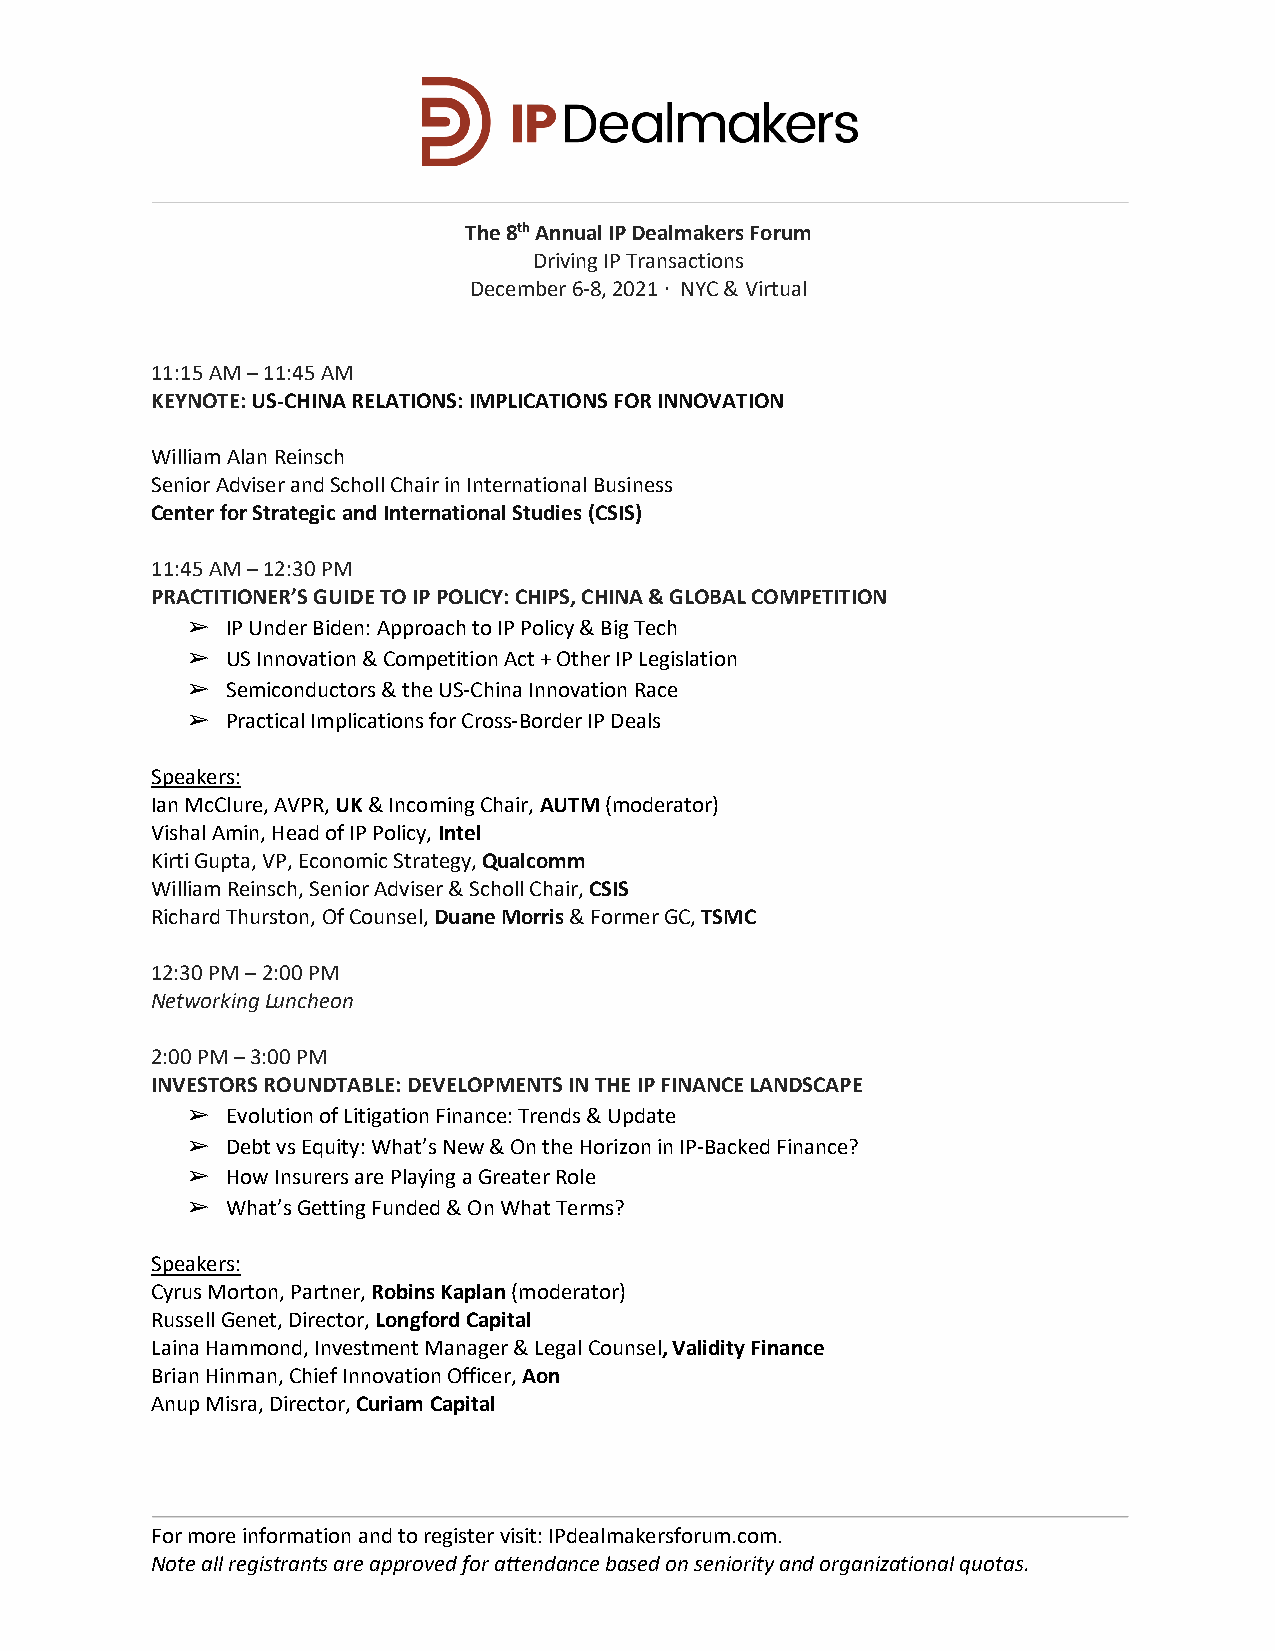
The 8th Annual IP Dealmakers Forum
 Driving IP Transactions
 December 6-8, 2021 ∙ NYC & Virtual
 11:15 AM – 11:45 AM
 KEYNOTE: US-CHINA RELATIONS: IMPLICATIONS FOR INNOVATION
 William Alan Reinsch
 Senior Adviser and Scholl Chair in International Business
 Center for Strategic and International Studies (CSIS)
 11:45 AM – 12:30 PM
 PRACTITIONER’S GUIDE TO IP POLICY: CHIPS, CHINA & GLOBAL COMPETITION
 ➢  IP Under Biden: Approach to IP Policy & Big Tech
 ➢  US Innovation & Competition Act + Other IP Legislation
 ➢  Semiconductors & the US-China Innovation Race
 ➢  Practical Implications for Cross-Border IP Deals
 Speakers:
 Ian McClure, AVPR, UK & Incoming Chair, AUTM (moderator)
 Vishal Amin, Head of IP Policy, Intel
 Kirti Gupta, VP, Economic Strategy, Qualcomm
 William Reinsch, Senior Adviser & Scholl Chair, CSIS
 Richard Thurston, Of Counsel, Duane Morris & Former GC, TSMC
 12:30 PM – 2:00 PM
 Networking Luncheon
 2:00 PM – 3:00 PM
 INVESTORS ROUNDTABLE: DEVELOPMENTS IN THE IP FINANCE LANDSCAPE
 ➢  Evolution of Litigation Finance: Trends & Update
 ➢  Debt vs Equity: What’s New & On the Horizon in IP-Backed Finance?
 ➢  How Insurers are Playing a Greater Role
 ➢  What’s Getting Funded & On What Terms?
 Speakers:
 Cyrus Morton, Partner, Robins Kaplan (moderator)
 Russell Genet, Director, Longford Capital
 Laina Hammond, Investment Manager & Legal Counsel, Validity Finance
 Brian Hinman, Chief Innovation Officer, Aon
 Anup Misra, Director, Curiam Capital
 For more information and to register visit: IPdealmakersforum.com.
 Note all registrants are approved for attendance based on seniority and organizational quotas.